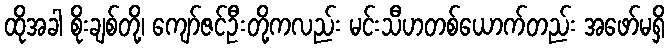
ထိုအခါ စိုးချစ်တို့၊ ကျော်ဇင်ဦးတို့ကလည်း မင်းသီဟတစ်ယောက်တည်း အဖော်မရှိ